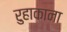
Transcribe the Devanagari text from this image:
रुहाकाना